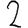
Digit: 2